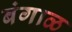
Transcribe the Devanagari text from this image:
बंगाळ